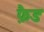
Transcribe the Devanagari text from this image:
फ़ैड